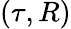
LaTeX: (\tau,R)